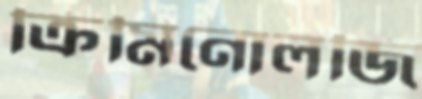
ক্রিমিনোলজি